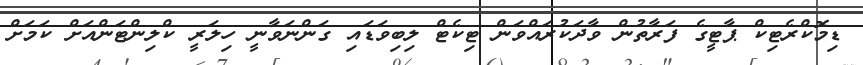
ޑިމޮކްރެޓިކް ޕާޓީގެ ފަރާތުން ވާދަކުރައްވަން ޓިކެޓް ލިބިވަޑައި ގަންނަވާނީ ހިލަރީ ކްލިންޓަންއަށް ކަމަށް